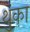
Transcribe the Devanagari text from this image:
थुंका